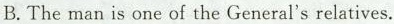
B.The man is one of the General's relatives.